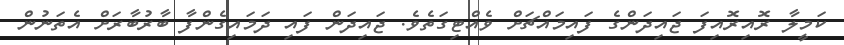
ކަމީލާ ރޮއިރޮއިފަ ޖައިދަންގެ ފައިމައްޗަށް ވެއްޓިގަތެވެ. ޖައިދަން ފައި ދަމައިގެންފާ ބާރުބާރަށް އެތަނުން